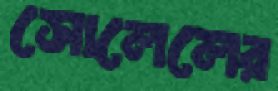
সোলেলের